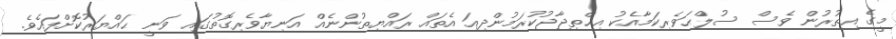
މީގެ އިތުރުން ވެސް ސުލްޙަވެރިކަމާއެކު އިޙްތިޖާޖުކުރަމުންދިއަ އެތައް ރައްޔިތުންނެއް އަނިޔާވެރިގޮތުގައި ވަނީ ޙައްޔަރުކޮށްފައެވެ.